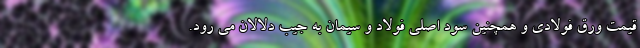
قیمت ورق فولادی و همچنین سود اصلی فولاد و سیمان به جیب دلالان می رود.